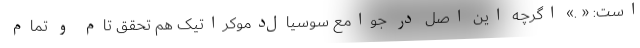
است: « .» اگرچه این اصل در جوامع سوسیال‌دموکراتیک هم تحقق تام و تمام